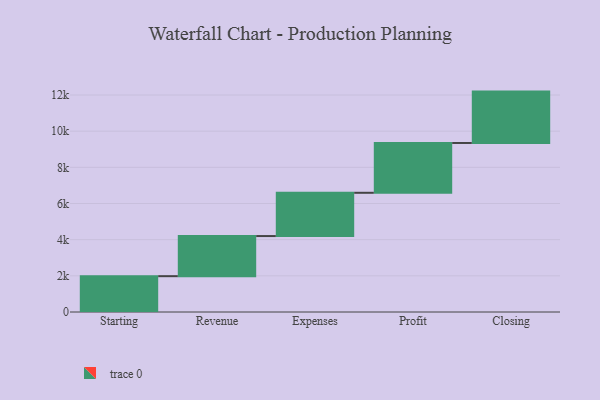
{"axis": {"x": "Step", "y": "Value"}, "legend": [""], "data": [{"x": "Starting", "y": 1981.0, "type": ""}, {"x": "Revenue", "y": 2219.0, "type": ""}, {"x": "Expenses", "y": 2393.0, "type": ""}, {"x": "Profit", "y": 2755.0, "type": ""}, {"x": "Closing", "y": 2841.0, "type": ""}]}